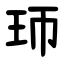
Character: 㺰